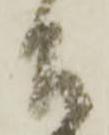
召